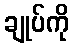
ချုပ်ကို